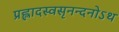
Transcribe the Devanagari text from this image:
प्रह्लादस्वसृनन्दनोऽथ